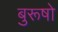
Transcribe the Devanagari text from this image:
बुरूषो